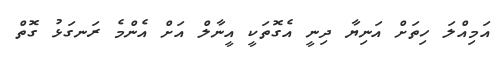
އަމިއްލަ ހިތަށް އަނިޔާ ދިނީ އެގޮތަކީ އީނާލް އަށް އެންމެ ރަނގަޅު ގޮތް